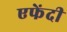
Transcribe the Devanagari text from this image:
एफेंदी